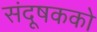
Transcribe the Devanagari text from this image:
संदूषकको